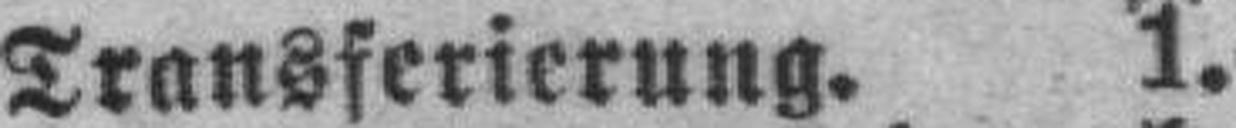
Transferierung. 1.